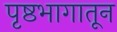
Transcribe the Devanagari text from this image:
पृष्ठभागातून